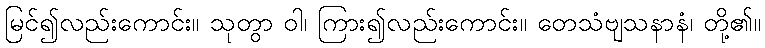
မြင်၍လည်းကောင်း။ သုတွာ ဝါ၊ ကြား၍လည်းကောင်း။ တေသံဗျသနာနံ၊ တို့၏။